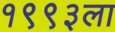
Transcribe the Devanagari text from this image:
१९९३ला